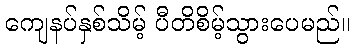
ကျေနပ်နှစ်သိမ့် ပီတိစိမ့်သွားပေမည်။